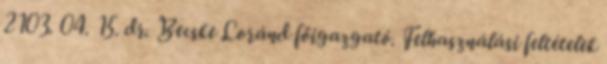
2103. 04. 15. dr. Becske Loránd főigazgató. Felhasználási feltételek